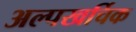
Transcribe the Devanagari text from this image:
अल्पखर्चिक